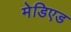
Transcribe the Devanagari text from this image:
मेडिएड